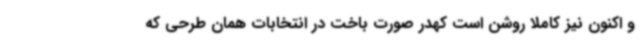
و اکنون نیز کاملا روشن است کهدر صورت باخت در انتخابات همان طرحی که